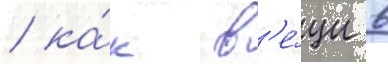
/ ка́к в'е́щи в